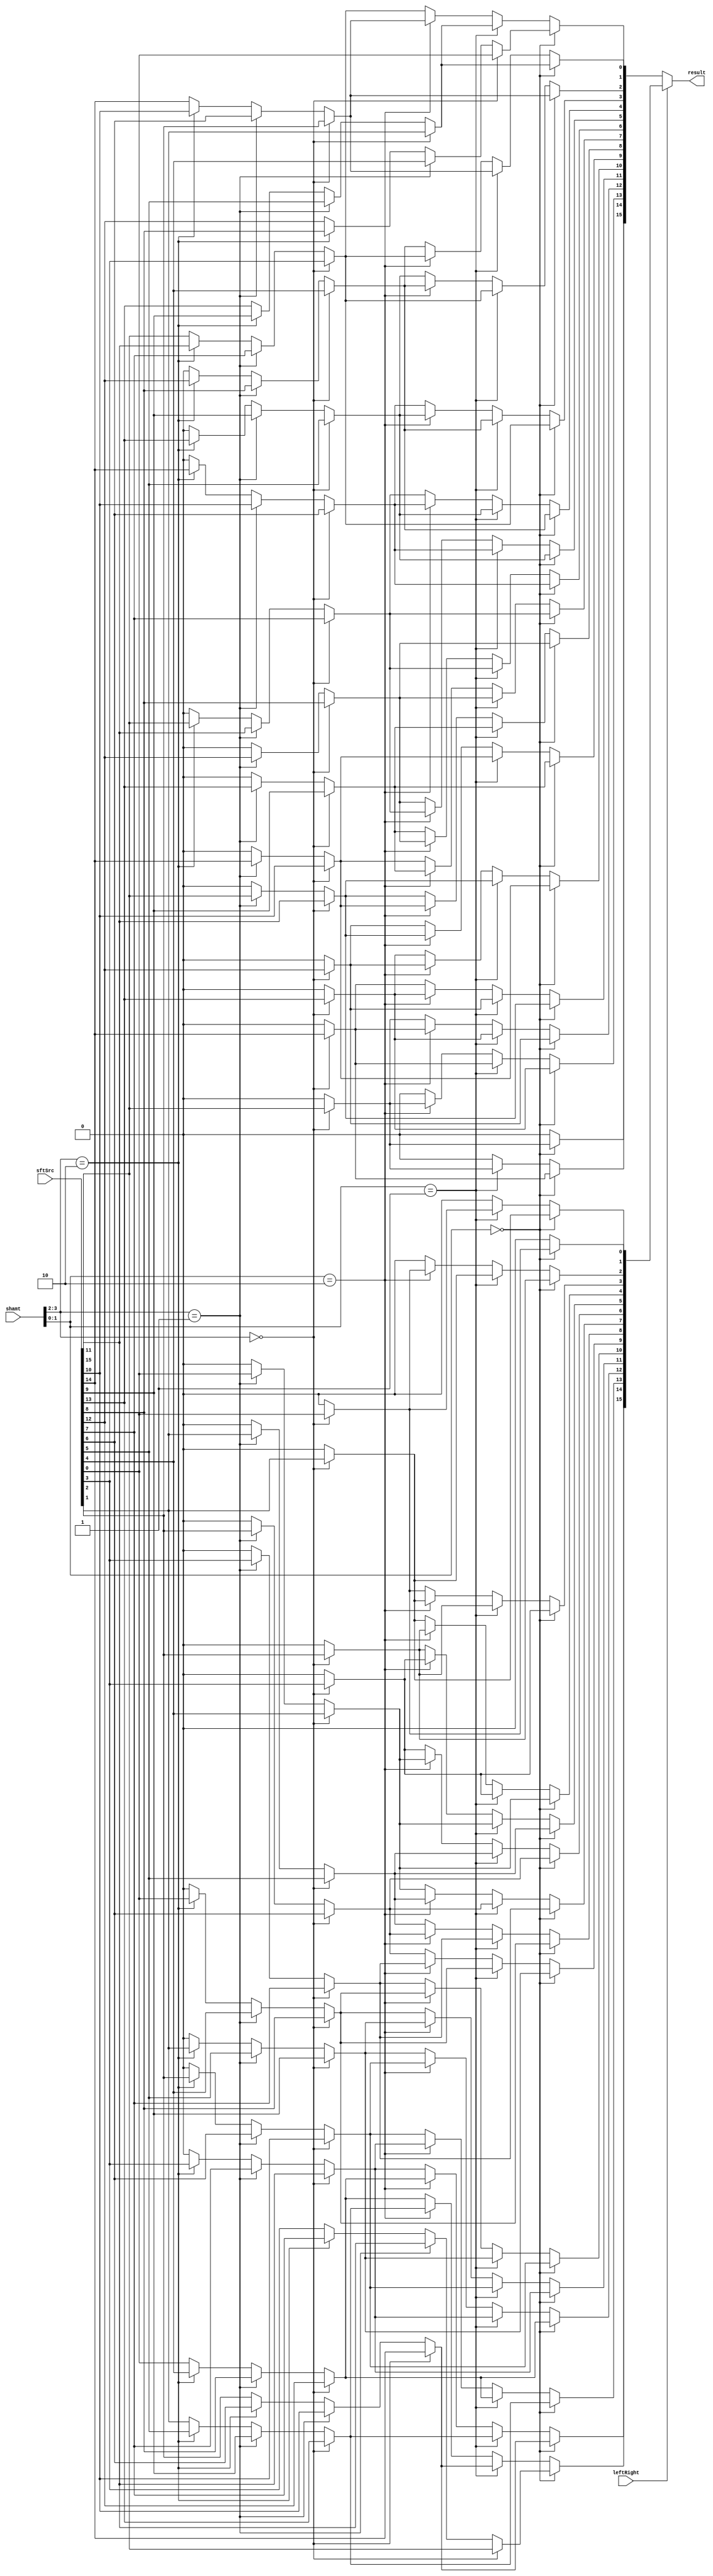
module Shifter_Barrel( result, leftRight, shamt, sftSrc );
    
  output wire[15:0] result;

  input wire leftRight;
  input wire[3:0] shamt;
  input wire[15:0] sftSrc;

  wire[15:0] L32, R32, L10, R10;

  // 4-to-1 MUX (left) shamt 2^3 and 2^2
  assign L32[0] = (shamt[3:2]==2'b00) ? sftSrc[0] : 0;
  assign L32[1] = (shamt[3:2]==2'b00) ? sftSrc[1] : 0;
  assign L32[2] = (shamt[3:2]==2'b00) ? sftSrc[2] : 0;
  assign L32[3] = (shamt[3:2]==2'b00) ? sftSrc[3] : 0;
  assign L32[4] = (shamt[3:2]==2'b00) ? sftSrc[4] :
          (shamt[3:2]==2'b01) ? sftSrc[0] : 0;
  assign L32[5] = (shamt[3:2]==2'b00) ? sftSrc[5] :
          (shamt[3:2]==2'b01) ? sftSrc[1] : 0;
  assign L32[6] = (shamt[3:2]==2'b00) ? sftSrc[6] :
          (shamt[3:2]==2'b01) ? sftSrc[2] : 0;
  assign L32[7] = (shamt[3:2]==2'b00) ? sftSrc[7] :
          (shamt[3:2]==2'b01) ? sftSrc[3] : 0;
  assign L32[8] = (shamt[3:2]==2'b00) ? sftSrc[8] :
          (shamt[3:2]==2'b01) ? sftSrc[4] :
          (shamt[3:2]==2'b10) ? sftSrc[0] : 0;
  assign L32[9] = (shamt[3:2]==2'b00) ? sftSrc[9] :
          (shamt[3:2]==2'b01) ? sftSrc[5] :
          (shamt[3:2]==2'b10) ? sftSrc[1] : 0;
  assign L32[10] = (shamt[3:2]==2'b00) ? sftSrc[10] :
          (shamt[3:2]==2'b01) ? sftSrc[6] :
          (shamt[3:2]==2'b10) ? sftSrc[2] : 0;
  assign L32[11] = (shamt[3:2]==2'b00) ? sftSrc[11] :
          (shamt[3:2]==2'b01) ? sftSrc[7] :
          (shamt[3:2]==2'b10) ? sftSrc[3] : 0;
  assign L32[12] = (shamt[3:2]==2'b00) ? sftSrc[12] :
          (shamt[3:2]==2'b01) ? sftSrc[8] :
          (shamt[3:2]==2'b10) ? sftSrc[4] : sftSrc[0];
  assign L32[13] = (shamt[3:2]==2'b00) ? sftSrc[13] :
          (shamt[3:2]==2'b01) ? sftSrc[9] :
          (shamt[3:2]==2'b10) ? sftSrc[5] : sftSrc[1];
  assign L32[14] = (shamt[3:2]==2'b00) ? sftSrc[14] :
          (shamt[3:2]==2'b01) ? sftSrc[10] :
          (shamt[3:2]==2'b10) ? sftSrc[6] : sftSrc[2];
  assign L32[15] = (shamt[3:2]==2'b00) ? sftSrc[15] :
          (shamt[3:2]==2'b01) ? sftSrc[11] :
          (shamt[3:2]==2'b10) ? sftSrc[7] : sftSrc[3];
  // 4-to-1 MUX shamt 2^1 and 2^0 (left)
  assign L10[0] = (shamt[1:0]==2'b00) ? L32[0] : 0;
  assign L10[1] = (shamt[1:0]==2'b00) ? L32[1] :
          (shamt[1:0]==2'b01) ? L32[0] : 0;
  assign L10[2] = (shamt[1:0]==2'b00) ? L32[2] :
          (shamt[1:0]==2'b01) ? L32[1] :
          (shamt[1:0]==2'b10) ? L32[0] : 0;
  assign L10[3] = (shamt[1:0]==2'b00) ? L32[3] :
          (shamt[1:0]==2'b01) ? L32[2] :
          (shamt[1:0]==2'b10) ? L32[1] : L32[0];
  assign L10[4] = (shamt[1:0]==2'b00) ? L32[4] :
          (shamt[1:0]==2'b01) ? L32[3] :
          (shamt[1:0]==2'b10) ? L32[2] : L32[1];
  assign L10[5] = (shamt[1:0]==2'b00) ? L32[5] :
          (shamt[1:0]==2'b01) ? L32[4] :
          (shamt[1:0]==2'b10) ? L32[3] : L32[2];
  assign L10[6] = (shamt[1:0]==2'b00) ? L32[6] :
          (shamt[1:0]==2'b01) ? L32[5] :
          (shamt[1:0]==2'b10) ? L32[4] : L32[3];
  assign L10[7] = (shamt[1:0]==2'b00) ? L32[7] :
          (shamt[1:0]==2'b01) ? L32[6] :
          (shamt[1:0]==2'b10) ? L32[5] : L32[4];
  assign L10[8] = (shamt[1:0]==2'b00) ? L32[8] :
          (shamt[1:0]==2'b01) ? L32[7] :
          (shamt[1:0]==2'b10) ? L32[6] : L32[5];
  assign L10[9] = (shamt[1:0]==2'b00) ? L32[9] :
          (shamt[1:0]==2'b01) ? L32[8] :
          (shamt[1:0]==2'b10) ? L32[7] : L32[6];
  assign L10[10] = (shamt[1:0]==2'b00) ? L32[10] :
          (shamt[1:0]==2'b01) ? L32[9] :
          (shamt[1:0]==2'b10) ? L32[8] : L32[7];
  assign L10[11] = (shamt[1:0]==2'b00) ? L32[11] :
          (shamt[1:0]==2'b01) ? L32[10] :
          (shamt[1:0]==2'b10) ? L32[9] : L32[8];
  assign L10[12] = (shamt[1:0]==2'b00) ? L32[12] :
          (shamt[1:0]==2'b01) ? L32[11] :
          (shamt[1:0]==2'b10) ? L32[10] : L32[9];
  assign L10[13] = (shamt[1:0]==2'b00) ? L32[13] :
          (shamt[1:0]==2'b01) ? L32[12] :
          (shamt[1:0]==2'b10) ? L32[11] : L32[10];
  assign L10[14] = (shamt[1:0]==2'b00) ? L32[14] :
          (shamt[1:0]==2'b01) ? L32[13] :
          (shamt[1:0]==2'b10) ? L32[12] : L32[11];
  assign L10[15] = (shamt[1:0]==2'b00) ? L32[15] :
          (shamt[1:0]==2'b01) ? L32[14] :
          (shamt[1:0]==2'b10) ? L32[13] : L32[12];

  // 4-to-1 MUX (right) shamt 2^3 and 2^2
  assign R32[15] = (shamt[3:2]==2'b00) ? sftSrc[15] : 0;
  assign R32[14] = (shamt[3:2]==2'b00) ? sftSrc[14] : 0;
  assign R32[13] = (shamt[3:2]==2'b00) ? sftSrc[13] : 0;
  assign R32[12] = (shamt[3:2]==2'b00) ? sftSrc[12] : 0;
  assign R32[11] = (shamt[3:2]==2'b00) ? sftSrc[11] :
          (shamt[3:2]==2'b01) ? sftSrc[15] : 0;
  assign R32[10] = (shamt[3:2]==2'b00) ? sftSrc[10] :
          (shamt[3:2]==2'b01) ? sftSrc[14] : 0;
  assign R32[9] = (shamt[3:2]==2'b00) ? sftSrc[9] :
          (shamt[3:2]==2'b01) ? sftSrc[13] : 0;
  assign R32[8] = (shamt[3:2]==2'b00) ? sftSrc[8] :
          (shamt[3:2]==2'b01) ? sftSrc[12] : 0;
  assign R32[7] = (shamt[3:2]==2'b00) ? sftSrc[7] :
          (shamt[3:2]==2'b01) ? sftSrc[11] :
          (shamt[3:2]==2'b10) ? sftSrc[15] : 0;
  assign R32[6] = (shamt[3:2]==2'b00) ? sftSrc[6] :
          (shamt[3:2]==2'b01) ? sftSrc[10] :
          (shamt[3:2]==2'b10) ? sftSrc[14] : 0;
  assign R32[5] = (shamt[3:2]==2'b00) ? sftSrc[5] :
          (shamt[3:2]==2'b01) ? sftSrc[9] :
          (shamt[3:2]==2'b10) ? sftSrc[13] : 0;
  assign R32[4] = (shamt[3:2]==2'b00) ? sftSrc[4] :
          (shamt[3:2]==2'b01) ? sftSrc[8] :
          (shamt[3:2]==2'b10) ? sftSrc[12] : 0;
  assign R32[3] = (shamt[3:2]==2'b00) ? sftSrc[3] :
          (shamt[3:2]==2'b01) ? sftSrc[7] :
          (shamt[3:2]==2'b10) ? sftSrc[11] : sftSrc[15];
  assign R32[2] = (shamt[3:2]==2'b00) ? sftSrc[2] :
          (shamt[3:2]==2'b01) ? sftSrc[6] :
          (shamt[3:2]==2'b10) ? sftSrc[10] : sftSrc[14];
  assign R32[1] = (shamt[3:2]==2'b00) ? sftSrc[1] :
          (shamt[3:2]==2'b01) ? sftSrc[5] :
          (shamt[3:2]==2'b10) ? sftSrc[9] : sftSrc[13];
  assign R32[0] = (shamt[3:2]==2'b00) ? sftSrc[0] :
          (shamt[3:2]==2'b01) ? sftSrc[4] :
          (shamt[3:2]==2'b10) ? sftSrc[8] : sftSrc[12];
  // 4-to-1 MUX shamt 2^1 and 2^0
  assign R10[15] = (shamt[1:0]==2'b00) ? R32[15] : 0;
  assign R10[14] = (shamt[1:0]==2'b00) ? R32[14] :
          (shamt[1:0]==2'b01) ? R32[15] : 0;
  assign R10[13] = (shamt[1:0]==2'b00) ? R32[13] :
          (shamt[1:0]==2'b01) ? R32[14] :
          (shamt[1:0]==2'b10) ? R32[15] : 0;
  assign R10[12] = (shamt[1:0]==2'b00) ? R32[12] :
          (shamt[1:0]==2'b01) ? R32[13] :
          (shamt[1:0]==2'b10) ? R32[14] : R32[15];
  assign R10[11] = (shamt[1:0]==2'b00) ? R32[11] :
          (shamt[1:0]==2'b01) ? R32[12] :
          (shamt[1:0]==2'b10) ? R32[13] : R32[14];
  assign R10[10] = (shamt[1:0]==2'b00) ? R32[10] :
          (shamt[1:0]==2'b01) ? R32[11] :
          (shamt[1:0]==2'b10) ? R32[12] : R32[13];
  assign R10[9] = (shamt[1:0]==2'b00) ? R32[9] :
          (shamt[1:0]==2'b01) ? R32[10] :
          (shamt[1:0]==2'b10) ? R32[11] : R32[12];
  assign R10[8] = (shamt[1:0]==2'b00) ? R32[8] :
          (shamt[1:0]==2'b01) ? R32[9] :
          (shamt[1:0]==2'b10) ? R32[10] : R32[11];
  assign R10[7] = (shamt[1:0]==2'b00) ? R32[7] :
          (shamt[1:0]==2'b01) ? R32[8] :
          (shamt[1:0]==2'b10) ? R32[9] : R32[10];
  assign R10[6] = (shamt[1:0]==2'b00) ? R32[6] :
          (shamt[1:0]==2'b01) ? R32[7] :
          (shamt[1:0]==2'b10) ? R32[8] : R32[9];
  assign R10[5] = (shamt[1:0]==2'b00) ? R32[5] :
          (shamt[1:0]==2'b01) ? R32[6] :
          (shamt[1:0]==2'b10) ? R32[7] : R32[8];
  assign R10[4] = (shamt[1:0]==2'b00) ? R32[4] :
          (shamt[1:0]==2'b01) ? R32[5] :
          (shamt[1:0]==2'b10) ? R32[6] : R32[7];
  assign R10[3] = (shamt[1:0]==2'b00) ? R32[3] :
          (shamt[1:0]==2'b01) ? R32[4] :
          (shamt[1:0]==2'b10) ? R32[5] : R32[6];
  assign R10[2] = (shamt[1:0]==2'b00) ? R32[2] :
          (shamt[1:0]==2'b01) ? R32[3] :
          (shamt[1:0]==2'b10) ? R32[4] : R32[5];
  assign R10[1] = (shamt[1:0]==2'b00) ? R32[1] :
          (shamt[1:0]==2'b01) ? R32[2] :
          (shamt[1:0]==2'b10) ? R32[3] : R32[4];
  assign R10[0] = (shamt[1:0]==2'b00) ? R32[0] :
          (shamt[1:0]==2'b01) ? R32[1] :
          (shamt[1:0]==2'b10) ? R32[2] : R32[3];

  // 2-to-1 MUX
  assign result = (leftRight==0) ? R10 : L10;
endmodule